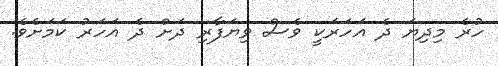
ހުރެ މިދިޔަ ދެ އަހަރަކީ ވެސް ވިޔަފާރި ދަށް ދެ އަހަރު ކަމަށެވެ.